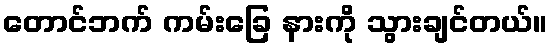
တောင်ဘက် ကမ်းခြေ နားကို သွားချင်တယ်။